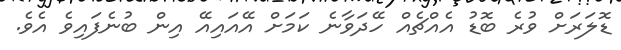
ޑޮލަރަށް ވުރެ ބޮޑު އެއްޗެއް ހޭދަވާނެ ކަމަށް އޭއައިއޭ އިން ބުނެފައިވެ އެވެ.